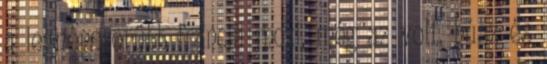
a legnépszerűbb francia mozi, még az volt, húsz és